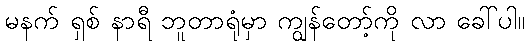
မနက် ရှစ် နာရီ ဘူတာရုံမှာ ကျွန်တော့်ကို လာ ခေါ်ပါ။